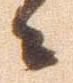
々